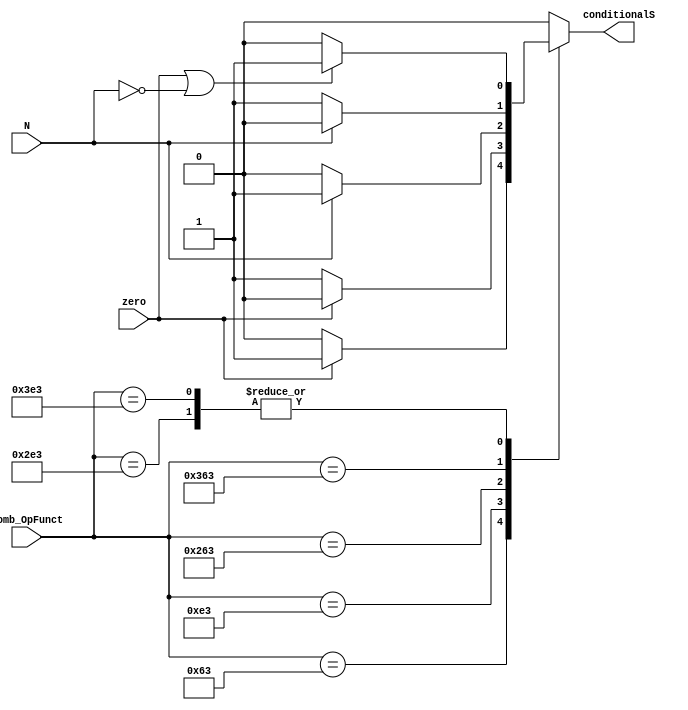

module Condition_Handler (
    output reg conditionalS,
    input wire [9:0] Comb_OpFunct,
    input wire zero, N
); 

always @(Comb_OpFunct, zero, N) begin
    case (Comb_OpFunct)
        10'b0001100011: begin //equal BEQ
            conditionalS = (zero == 1'b1) ? 1'b1 : 1'b0;   
            //$display("BEQ, N=%b, Z=%b, conditionalS=%b ", N, zero, conditionalS);
        end
        10'b0011100011: begin //not equal BNE
            conditionalS = (zero == 1'b0) ? 1'b1 : 1'b0;
            //$display("BNE, N=%b, Z=%b, conditionalS=%b", N, zero, conditionalS);
        end
        10'b1001100011: begin //less than 0 BLT
            conditionalS = (N == 1'b1) ? 1'b1 : 1'b0;
        end 
        10'b1011100011: begin //greater or equal than zero BGE
            conditionalS = ((zero == 1'b1) || (N == 1'b0)) ? 1'b1 : 1'b0;
            //$display("BGE, N=%b, Z=%b, conditionalS=%b ", N, zero, conditionalS);
        end
        10'b1101100011: begin //BLTU less than
            conditionalS = (N == 1'b0) ? 1'b1 : 1'b0;
        end
        10'b1111100011: begin // greater than BGEU
            conditionalS = ((zero == 1'b1) || (N == 1'b0)) ? 1'b1 : 1'b0;
        end
        default: begin
            conditionalS = 1'b0;
        end
    endcase
end

endmodule